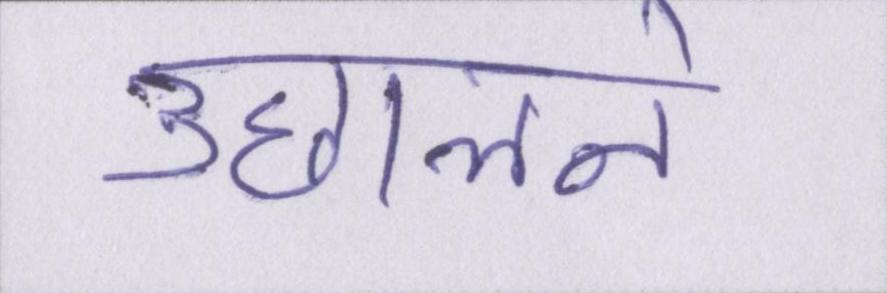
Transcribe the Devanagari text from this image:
उछालने